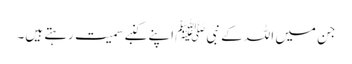
جن میں اللہ کے نبیﷺ اپنے کنبے سمیت رہتے ہیں۔